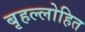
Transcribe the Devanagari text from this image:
बृहल्लोहित